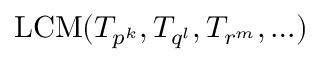
\operatorname { L C M } ( T _ { p ^ { k } } , T _ { q ^ { l } } , T _ { r ^ { m } } , \ldots )